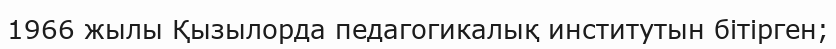
1966 жылы Қызылорда педагогикалық институтын бітірген;